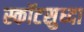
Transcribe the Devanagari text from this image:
स्कॉटसुध्दा